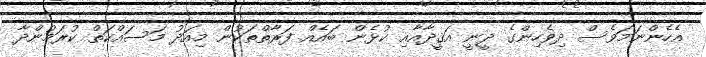
އެހެންނަމަވެސް ދިވެހިންގެ ދީނީ އަޤީދާއާއި ކުޅެން ބައެއް ފަރާތްތަކުން މިއަދު މަސައްކަތް ކުރަމުންދާ